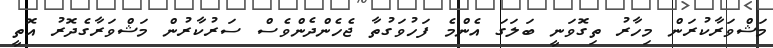
މަޝްވަރާކުރަން މިހާރު ތިގޮވަނީ ބަލަގަ އެންމެ ފަހުވަގުތާ ޖެހެންދެންވެސް ސަރުކާރުން މަޝްވަރާގެދޮރު އޮތީ